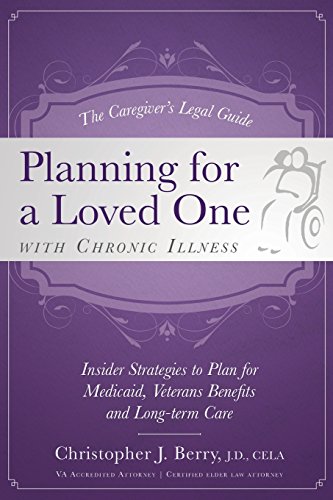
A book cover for The Caregiver's Legal Guide  Planning for a Loved One With Chronic Illness: Inside Strategies to Plan for Medicaid, Veterans Benefits and Long-term Care; Christopher J. Berry J.D.  CELA; Law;